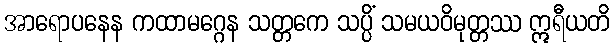
အာရောပနေန ကထာမဂ္ဂေန သတ္တကေ သပ္ပိံ သမယဝိမုတ္တဿ ဣရီယတိ